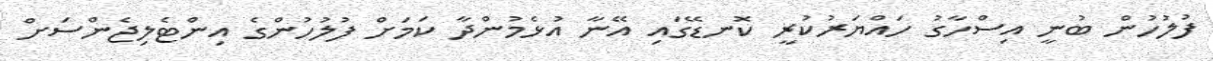
ފުލުހުން ބުނީ އިސްހާގު ހައްޔަރުކުރީ ކޮނޑޭގައި އޭނާ އުޅެމުންދާ ކަމަށް ފުލުހުންގެ އިންޓެލިޖެންސަށް